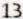
13